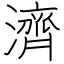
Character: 濟